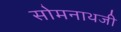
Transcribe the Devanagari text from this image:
सोमनाथजी